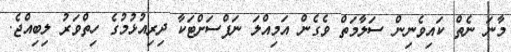
މާނަ ނެތް ކައިވެނިން ސަލާމަތް ވެގެން އަމިއްލަ ނަފްސަށްޓަކާ ދިރިއުޅުމުގެ ހިތްވަރު ލިބިއްޖެ.